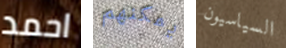
احمد يمكنهم السياسيون